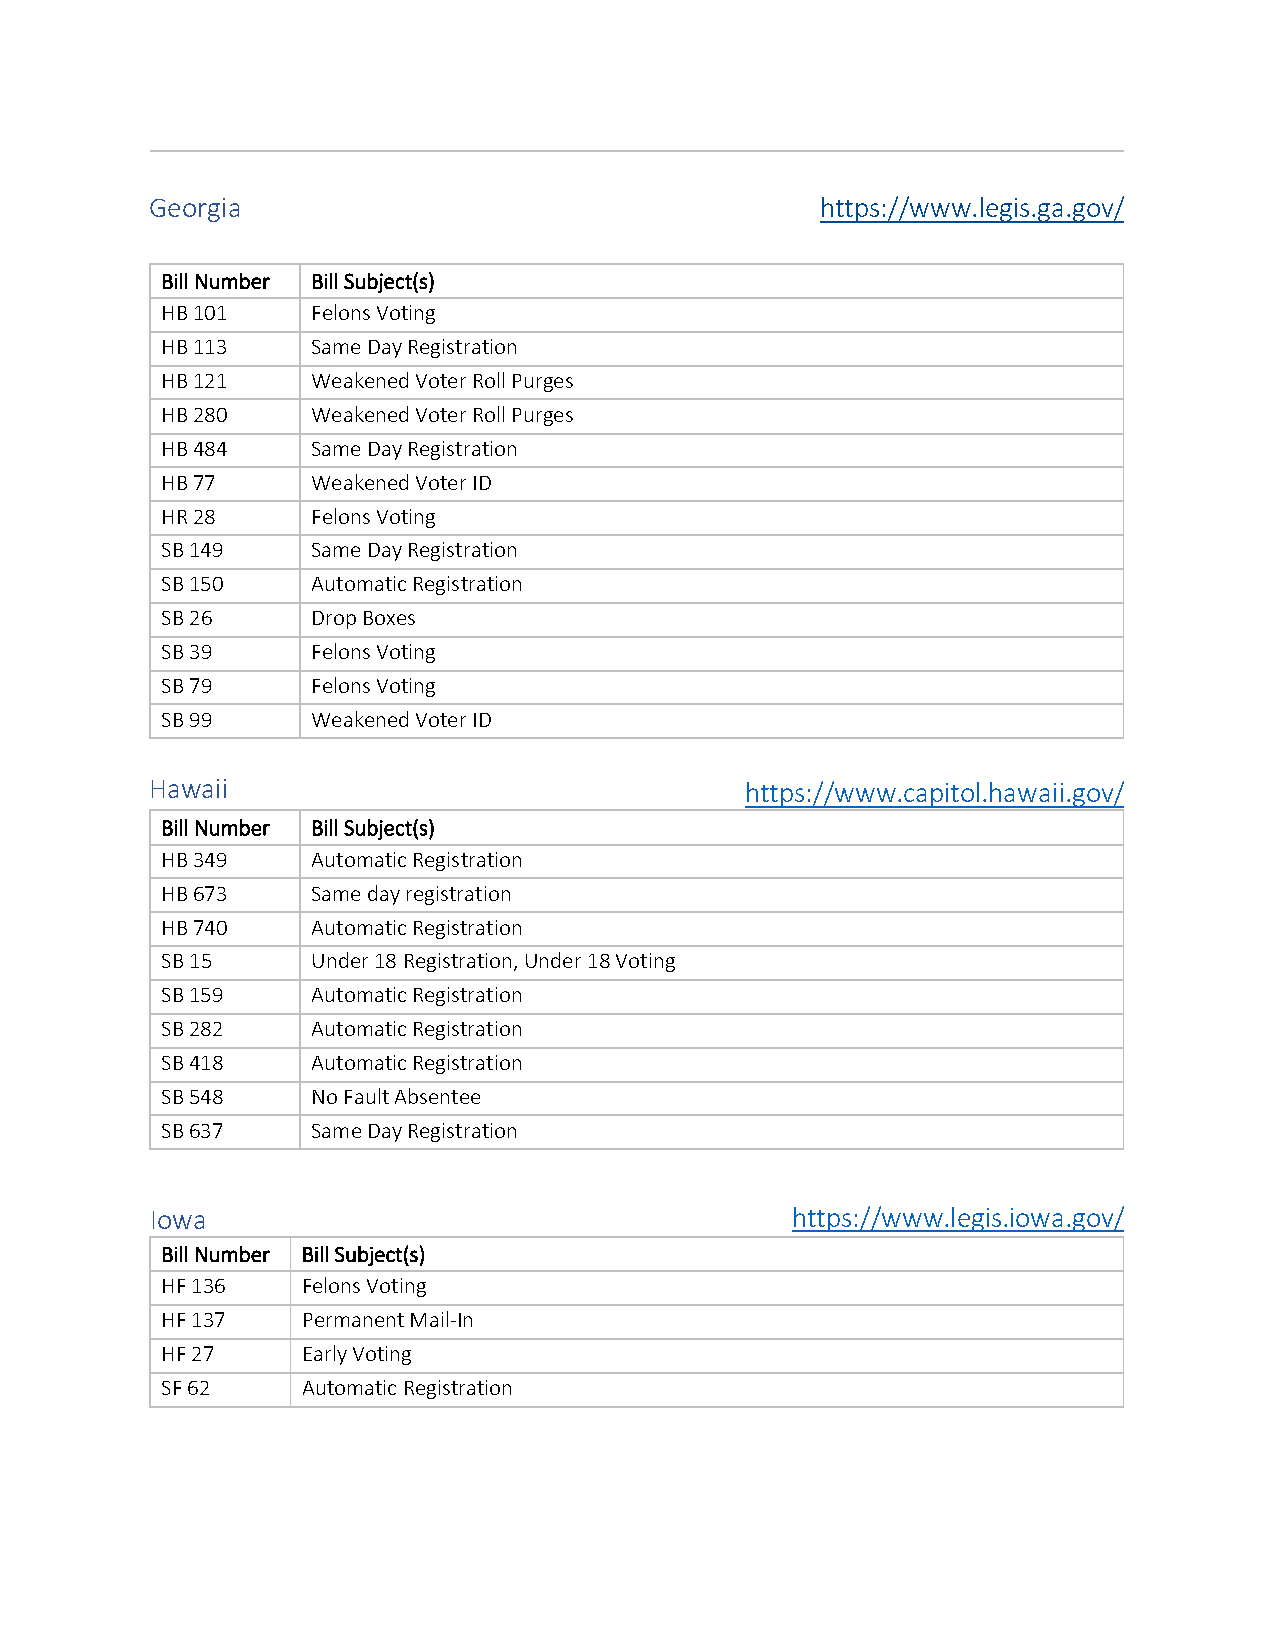
Georgia                                     https://www.legis.ga.gov/
 Bill Number Bill Subject(s)
 HB 101    Felons Voting
 HB 113    Same Day Registration
 HB 121    Weakened Voter Roll Purges
 HB 280    Weakened Voter Roll Purges
 HB 484    Same Day Registration
 HB 77     Weakened Voter ID
 HR 28     Felons Voting
 SB 149    Same Day Registration
 SB 150    Automatic Registration
 SB 26     Drop Boxes
 SB 39     Felons Voting
 SB 79     Felons Voting
 SB 99     Weakened Voter ID
 Hawaii                                 https://www.capitol.hawaii.gov/
 Bill Number Bill Subject(s)
 HB 349    Automatic Registration
 HB 673    Same day registration
 HB 740    Automatic Registration
 SB 15     Under 18 Registration, Under 18 Voting
 SB 159    Automatic Registration
 SB 282    Automatic Registration
 SB 418    Automatic Registration
 SB 548    No Fault Absentee
 SB 637    Same Day Registration
 Iowa                                      https://www.legis.iowa.gov/
 Bill Number Bill Subject(s)
 HF 136   Felons Voting
 HF 137   Permanent Mail-In
 HF 27    Early Voting
 SF 62    Automatic Registration